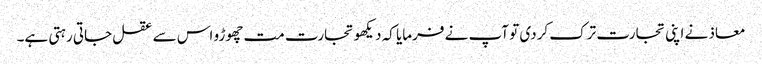
معاذ نے اپنی تجارت ترک کردی تو آپ نے فرمایا کہ دیکھو تجارت مت چھوڑو اس سے عقل جاتی رہتی ہے۔